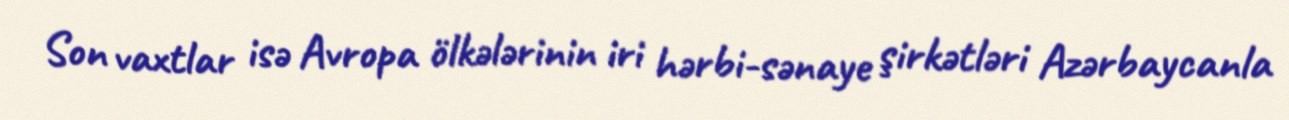
Son vaxtlar isə Avropa ölkələrinin iri hərbi-sənaye şirkətləri Azərbaycanla